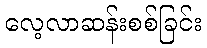
လေ့လာဆန်းစစ်ခြင်း